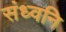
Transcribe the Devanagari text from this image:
संध्वनि